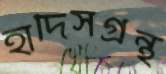
হাদিসগ্রন্থ